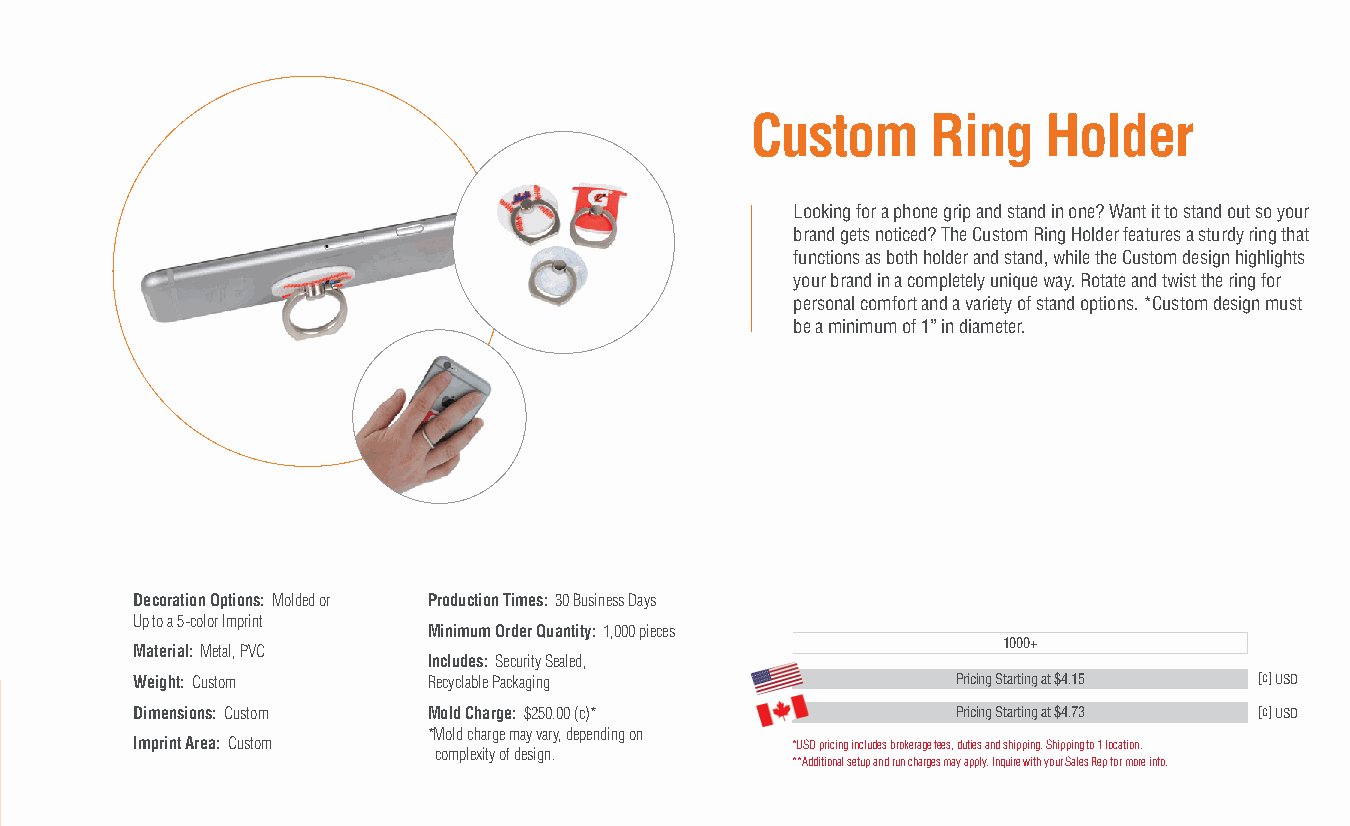
Custom      Ring   Holder
 Looking for a phone grip and stand in one? Want it to stand out so your
 brand gets noticed? The Custom Ring Holder features a sturdy ring that
 functions as both holder and stand, while the Custom design highlights
 your brand in a completely unique way. Rotate and twist the ring for
 personal comfort and a variety of stand options. *Custom design must
 be a minimum of 1” in diameter.
 Decoration Options: Molded or Production Times: 30 Business Days
 Up to a 5-color Imprint
 Minimum Order Quantity: 1,000 pieces
 1000+
 Material: Metal, PVC
 Includes: Security Sealed,
 Weight: Custom     Recyclable Packaging               Pricing Starting at $4.15 [c] USD
 Dimensions: Custom Mold Charge: $250.00 (c)*          Pricing Starting at $4.73 [c] USD
 *Mold charge may vary, depending on
 Imprint Area: Custom                       *USD pricing includes brokerage fees, duties and shipping. Shipping to 1 location.
 complexity of design.
 **Additional setup and run charges may apply. Inquire with your Sales Rep for more info.